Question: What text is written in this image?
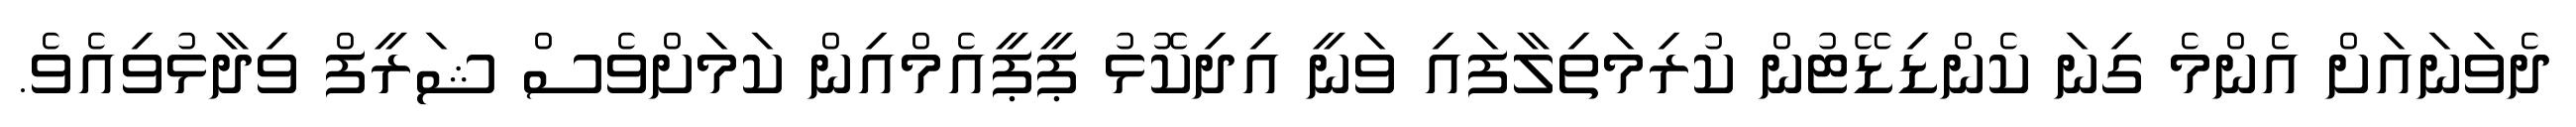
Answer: ދެވަނައަށް އެންމެ ގިނަ ކެންޑިޑޭޓުން ކުރިމަތިލާފައި ވަނީ އިދިކޮޅު ޕީޕީއެމްއިން ކަމަށްވެސް ޝަރީފް ވިދާޅުވިއެވެ.